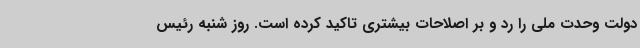
دولت وحدت ملی را رد و بر اصلاحات بیشتری تاکید کرده است. روز شنبه رئیس